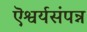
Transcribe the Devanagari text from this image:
ऎश्वर्यसंपन्न